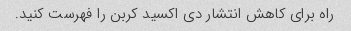
راه برای کاهش انتشار دی اکسید کربن را فهرست کنید.